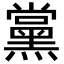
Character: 黨